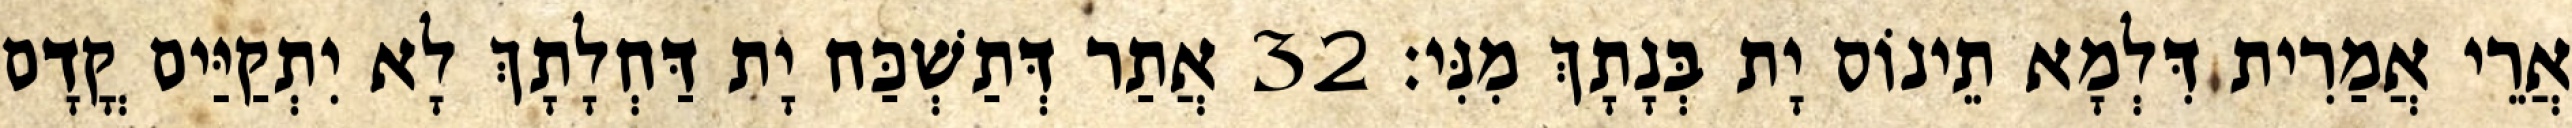
אֲרֵי אֲמַרִית דִּלְמָא תֵינוֹס יָת בְּנָתָךְ מִנִּי׃ 32 אֲתַר דְּתַשְׁכַּח יָת דַּחְלָתָךְ לָא יִתְקַיַּים קֳדָם